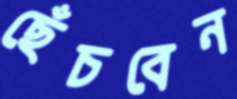
ছেঁচবেন